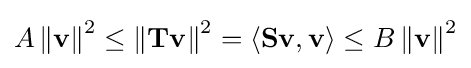
A\left\|\mathbf {v} \right\|^{2}\leq \left\|\mathbf {T} \mathbf {v} \right\|^{2}=\langle \mathbf {S} \mathbf {v} ,\mathbf {v} \rangle \leq B\left\|\mathbf {v} \right\|^{2}